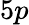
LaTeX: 5p